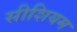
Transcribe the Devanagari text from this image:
सीशियम